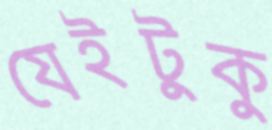
যেইটুকু